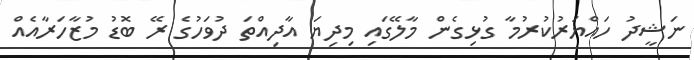
ނަޝީދު ހައްޔަރުކުރުމާ ގުޅިގެން މާލޭގައި މިދިޔަ އާދިއްތަ ދުވަހުގެ ރޭ ބޮޑު މުޒާހަރާއެއް